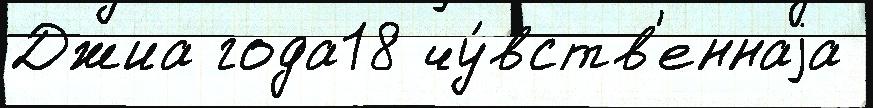
Джиа года18 чу́вств'еннаjа